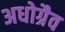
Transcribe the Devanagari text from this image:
अधोग्रैव